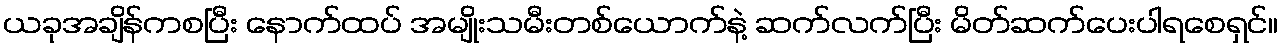
ယခုအချိန်ကစပြီး နောက်ထပ် အမျိုးသမီးတစ်ယောက်နဲ့ ဆက်လက်ပြီး မိတ်ဆက်ပေးပါရစေရှင်။